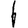
Digit: 1